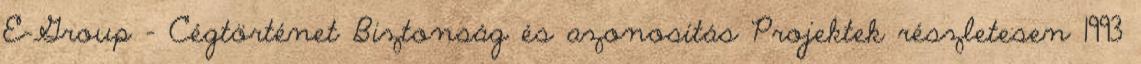
E-Group - Cégtörténet Biztonság és azonosítás Projektek részletesen 1993